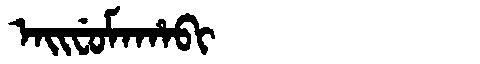
Manchu: ᠠᡳᠸᡠᠮᠠᡥᠠᠪᡳ
Romanization: AIFUMAHABI